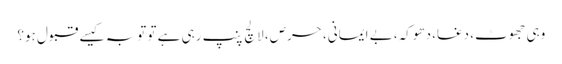
وہی جھوٹ، دغا، دھوکہ، بے ایمانی، حرص، لالچ پنپ رہی ہے تو توبہ کیسے قبول ہو؟